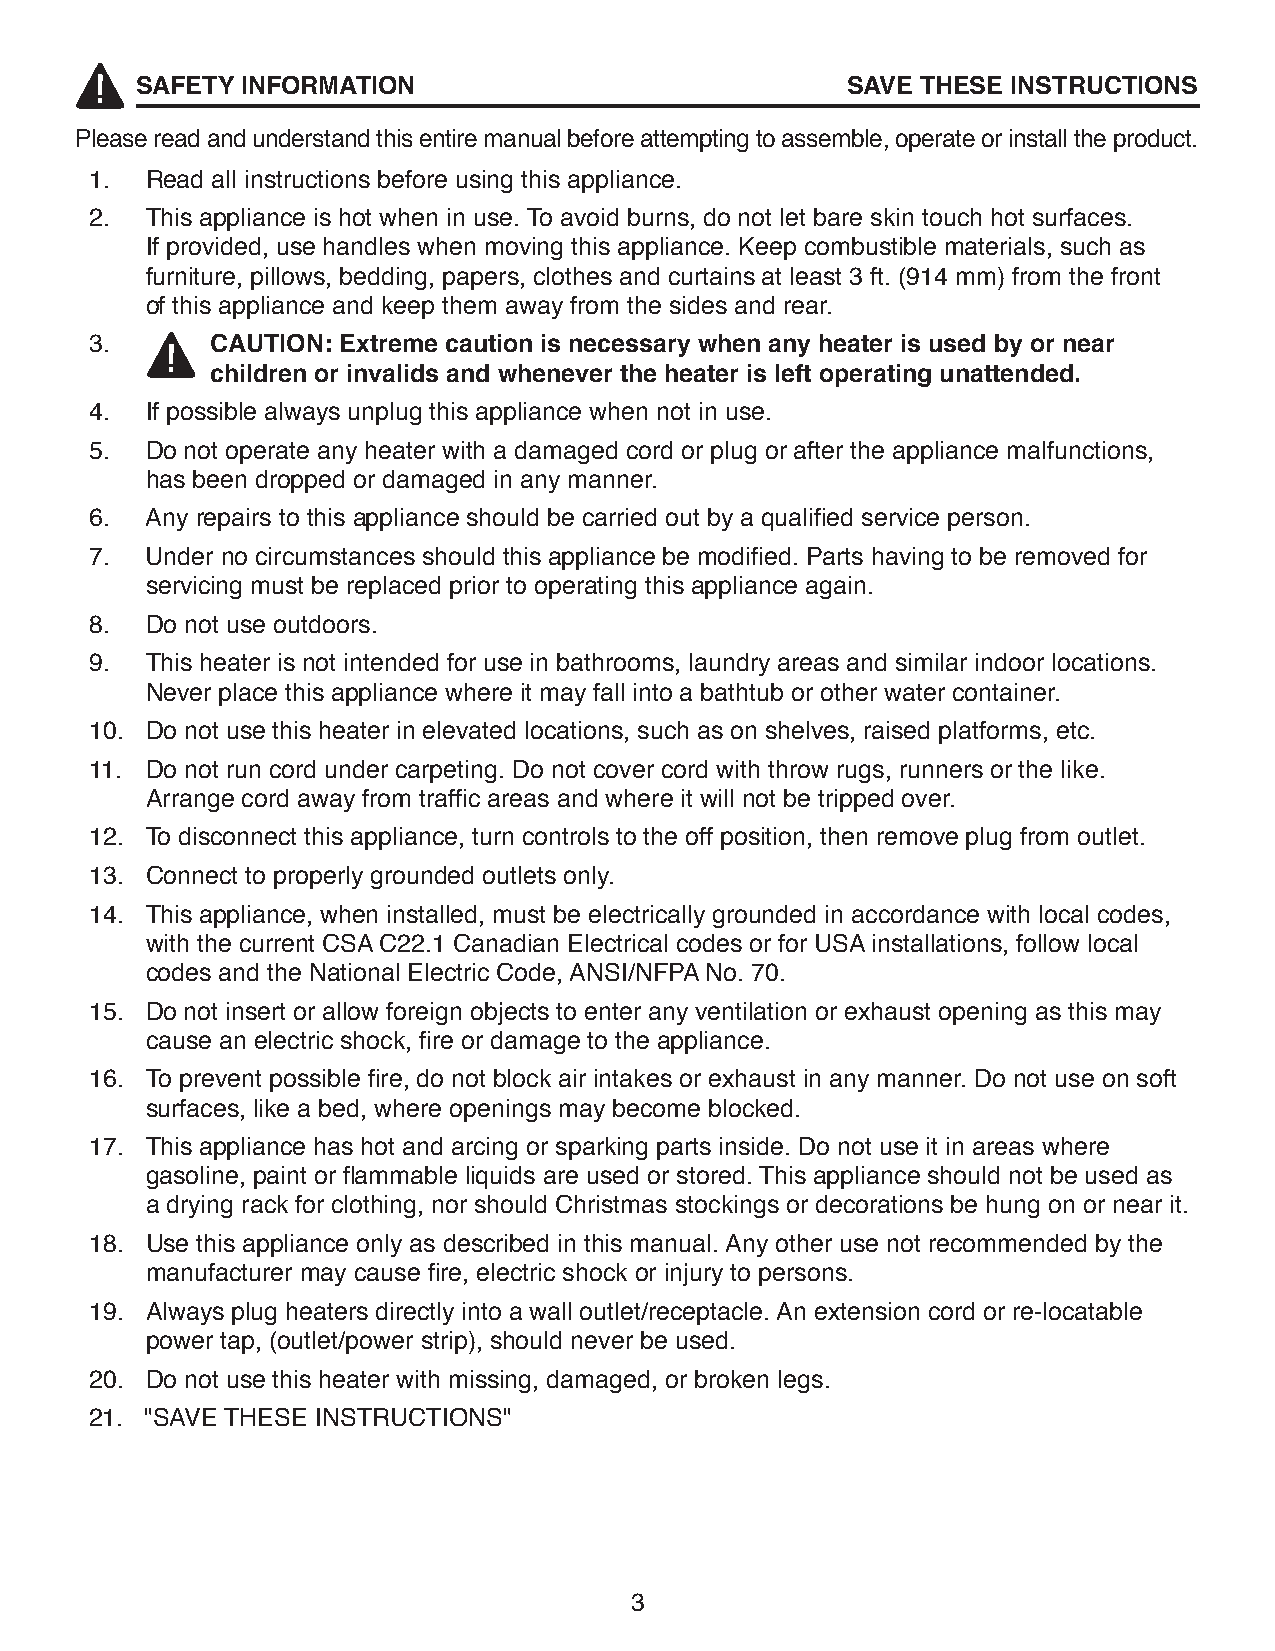
SAFETY INFORMATION                             SAVE THESE INSTRUCTIONS
 Please read and understand this entire manual before attempting to assemble, operate or install the product.
 1.  Read all instructions before using this appliance.
 2.  This appliance is hot when in use. To avoid burns, do not let bare skin touch hot surfaces.
 If provided, use handles when moving this appliance. Keep combustible materials, such as
 furniture, pillows, bedding, papers, clothes and curtains at least 3 ft. (914 mm) from the front
 of this appliance and keep them away from the sides and rear.
 3.      CAUTION: Extreme caution is necessary when any heater is used by or near
 children or invalids and whenever the heater is left operating unattended.
 4.  If possible always unplug this appliance when not in use.
 5.  Do not operate any heater with a damaged cord or plug or after the appliance malfunctions,
 has been dropped or damaged in any manner.
 6.  Any repairs to this appliance should be carried out by a qualified service person.
 7.  Under no circumstances should this appliance be modified. Parts having to be removed for
 servicing must be replaced prior to operating this appliance again.
 8.  Do not use outdoors.
 9.  This heater is not intended for use in bathrooms, laundry areas and similar indoor locations.
 Never place this appliance where it may fall into a bathtub or other water container.
 10. Do not use this heater in elevated locations, such as on shelves, raised platforms, etc.
 11. Do not run cord under carpeting. Do not cover cord with throw rugs, runners or the like.
 Arrange cord away from traffic areas and where it will not be tripped over.
 12. To disconnect this appliance, turn controls to the off position, then remove plug from outlet.
 13. Connect to properly grounded outlets only.
 14. This appliance, when installed, must be electrically grounded in accordance with local codes,
 with the current CSA C22.1 Canadian Electrical codes or for USA installations, follow local
 codes and the National Electric Code, ANSI/NFPA No. 70.
 15. Do not insert or allow foreign objects to enter any ventilation or exhaust opening as this may
 cause an electric shock, fire or damage to the appliance.
 16. To prevent possible fire, do not block air intakes or exhaust in any manner. Do not use on soft
 surfaces, like a bed, where openings may become blocked.
 17. This appliance has hot and arcing or sparking parts inside. Do not use it in areas where
 gasoline, paint or flammable liquids are used or stored. This appliance should not be used as
 a drying rack for clothing, nor should Christmas stockings or decorations be hung on or near it.
 18. Use this appliance only as described in this manual. Any other use not recommended by the
 manufacturer may cause fire, electric shock or injury to persons.
 19. Always plug heaters directly into a wall outlet/receptacle. An extension cord or re-locatable
 power tap, (outlet/power strip), should never be used.
 20. Do not use this heater with missing, damaged, or broken legs.
 21. "SAVE THESE INSTRUCTIONS"
 3